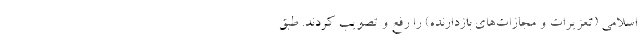
اسلامی (تعزیرات و مجازات‌های بازدارنده) را رفع و تصویب کردند. طبق